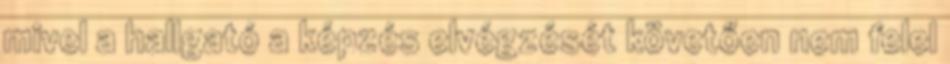
mivel a hallgató a képzés elvégzését követően nem felel